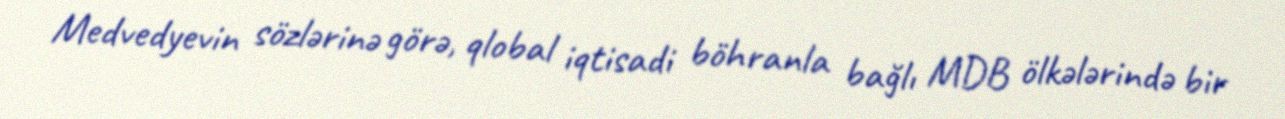
Medvedyevin sözlərinə görə, qlobal iqtisadi böhranla bağlı MDB ölkələrində bir